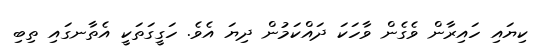
ކިޔައި ހައިރާން ވެގެން ވާހަކަ ދައްކަމުން ދިޔަ އެވެ. ހަގީގަތަކީ އެތާނގައި ތިބި